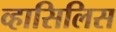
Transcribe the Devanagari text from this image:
व्हासिलिस